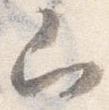
山